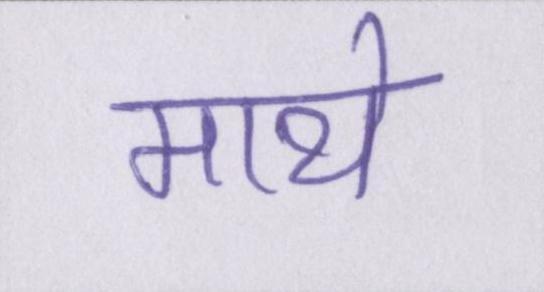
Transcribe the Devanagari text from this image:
माथे